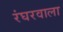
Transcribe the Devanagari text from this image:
रंघरवाला